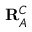
\mathbf { R } _ { A } ^ { C }